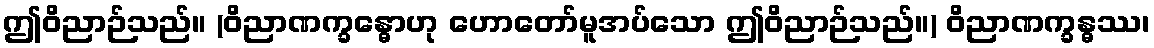
ဤဝိညာဉ်သည်။ (ဝိညာဏက္ခန္ဓောဟု ဟောတော်မူအပ်သော ဤဝိညာဉ်သည်။) ဝိညာဏက္ခန္ဓဿ၊